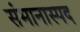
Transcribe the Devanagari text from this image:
संमानास्पद